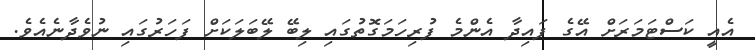
އެއީ ކަސްޓަމަރަށް އޭގެ ފައިދާ އެންމެ ފުރިހަމަގޮތުގައި ލިބޭ ލޭބަލަކަށް ފަހަރުގައި ނުވެދާނެއެވެ.